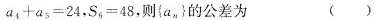
$$a_{4} + a_{5} = 2 4$$，$$S_{6} = 4 8$$，则{a_{n}}的公差为 ()